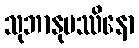
သုဘာနုပဿိနော